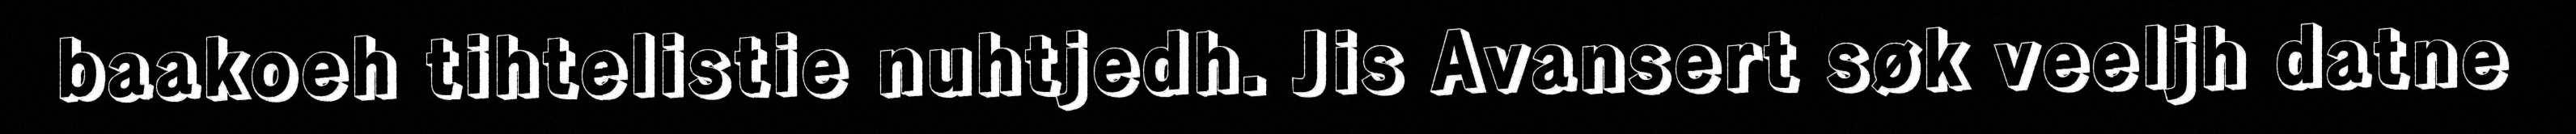
baakoeh tihtelistie nuhtjedh. Jis Avansert søk veeljh datne